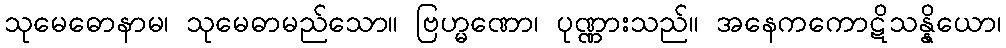
သုမေဓောနာမ၊ သုမေဓာမည်သော။ ဗြဟ္မဏော၊ ပုဏ္ဏားသည်။ အနေကကောဋိသန္နိယော၊